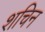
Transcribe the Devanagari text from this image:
शचिन